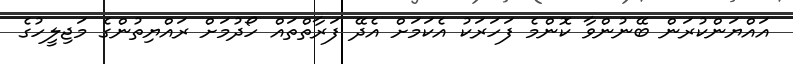
އައްޔަންކުރަން ބޭނުންވާ ކޮންމެ ފަހަރަކު އެކަމަށް އެދޭ ފަރާތްތައް ހޯދުމަށް ރައްޔިތުންގެ މަޖިލީހުގެ